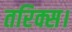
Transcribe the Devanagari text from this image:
तरिक्स।